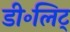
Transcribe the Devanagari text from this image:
डी॰लिट्